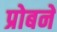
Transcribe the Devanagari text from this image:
प्रोबने